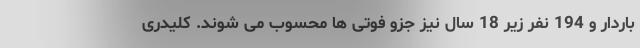
باردار و 194 نفر زیر 18 سال نیز جزو فوتی ها محسوب می شوند. کلیدری